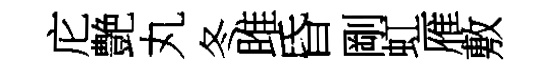
庀艶丸冬雎昏剛虹雁敷